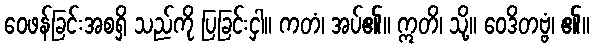
ဝေဖန်ခြင်းအစရှိ သည်ကို ပြခြင်းငှါ။ ကတံ၊ အပ်၏။ ဣတိ၊ သို့။ ဝေဒိတဗ္ဗံ၊ ၏။